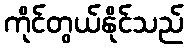
ကိုင်တွယ်နိုင်သည်